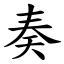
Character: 奏